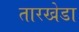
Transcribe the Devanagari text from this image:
तारखेडा